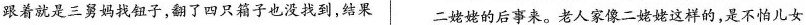
跟着就是三舅妈找钮子，翻了四只箱子也没找到，结果二姥姥的后事来。老人家像二姥姥这样的，是不怕儿女